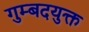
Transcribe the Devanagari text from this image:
गुम्बदयुक्त